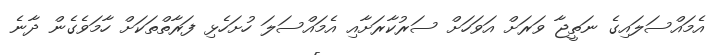
އެމައްސަލައިގެ ނަތީޖާ ވަރަށް އަވަހަށް ސަރުކާރަށާއި އެމައްސަލަ ހުށަހެޅި ފަރާތްތަކަށް ހާމަވެގެން ދާނެ